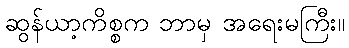
ဆွန်ယာ့ကိစ္စက ဘာမှ အရေးမကြီး။